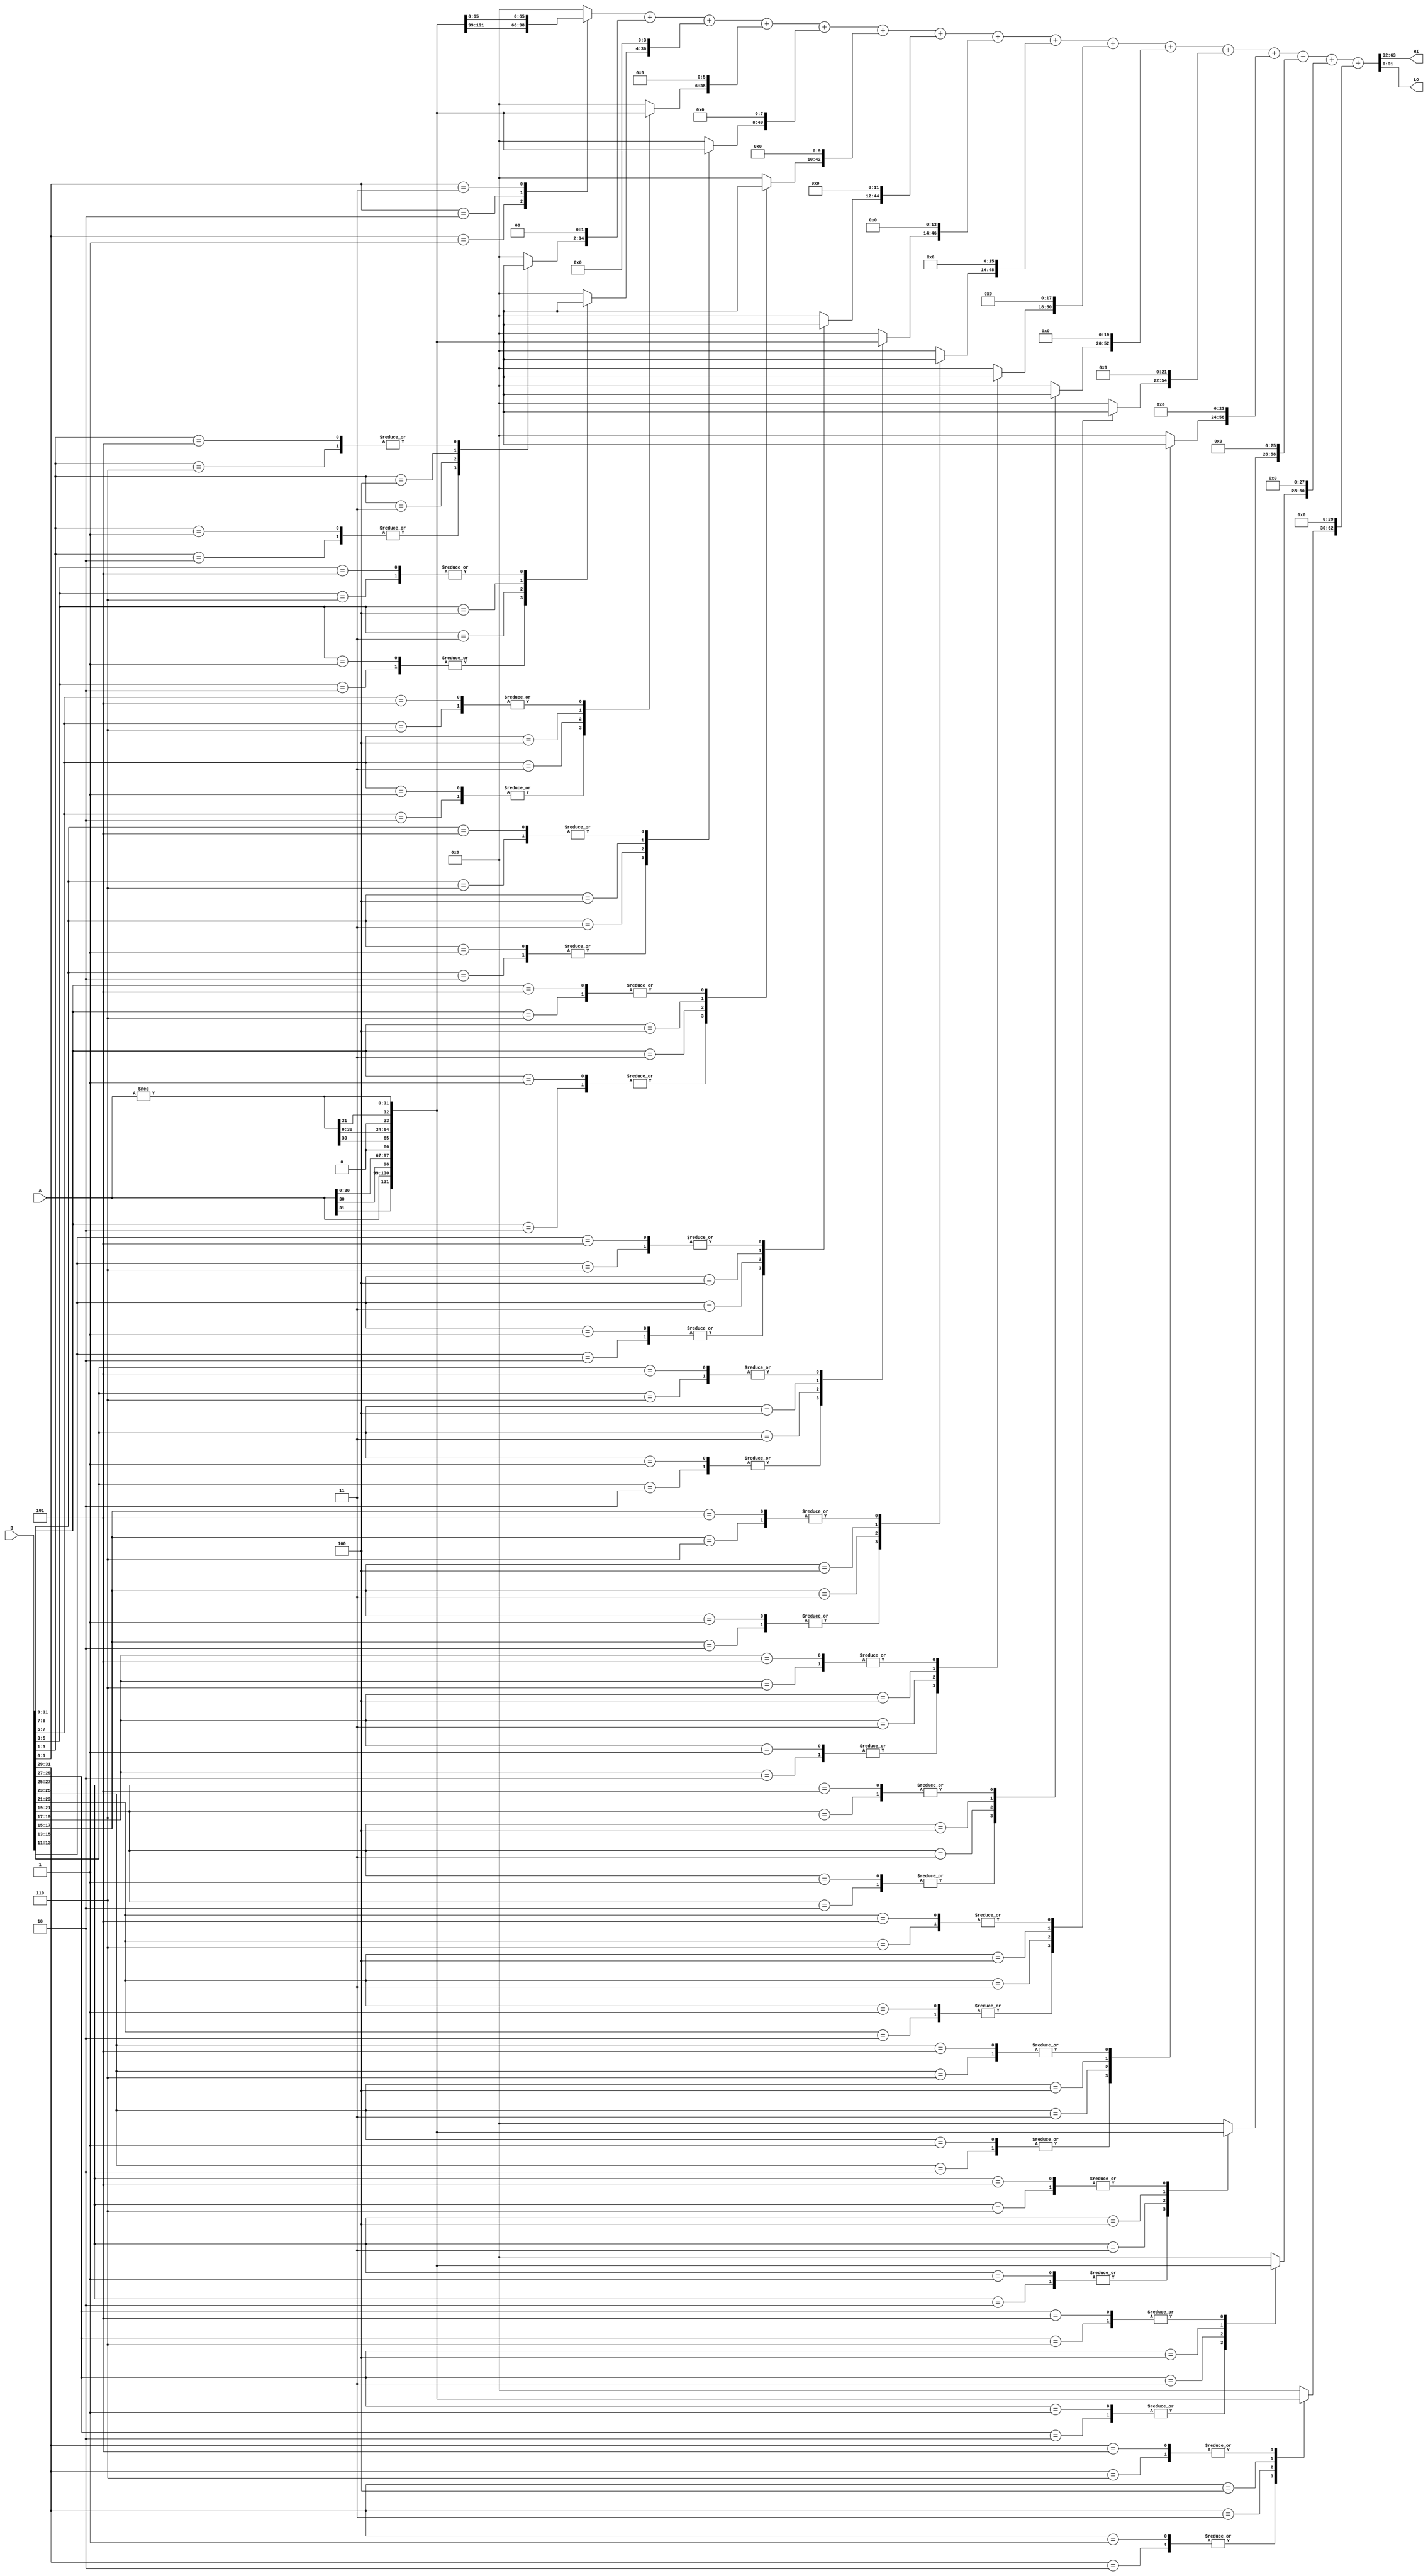
module mul_32(input signed [31:0] A, B, output [31:0] HI, LO);
reg [2:0] B_for_booth[15:0];
reg signed [32:0] pp [15:0];
reg signed [63:0] spp [15:0];
reg signed [63:0] temp;
wire signed [31:0] N_A;
wire signed [31:0] N_A_2;
wire signed [31:0] A_2;
integer j;
assign N_A = -A;
assign A_2 = A<<1;
assign N_A_2 = N_A<<1;
always @ (A or B or N_A) begin
	B_for_booth[0] = {B[1], B[0], 1'b0};
	for (j=1; j < 16; j = j+1) begin
		B_for_booth[j] = {B[2*j+1], B[2*j], B[2*j-1]};
	end
	for (j=0; j < 16; j = j+1) begin
		case(B_for_booth[j])
			3'b001, 3'b010:
				pp[j] = {A[31],A};
			3'b011:
				pp[j] = {A_2[31],A_2};
			3'b100:
				pp[j] = {N_A_2[31],N_A_2};
			3'b101, 3'b110:
				pp[j] = {N_A[31],N_A};
			default:
				pp[j] = 0;
		endcase
		spp[j] = pp[j] << (2*j);
	end
	temp = spp[0];
	for (j=1; j < 16; j=j+1) begin
		temp = temp + spp[j];
	end
end
assign HI = temp[63:32];
assign LO = temp[31:0];
endmodule